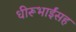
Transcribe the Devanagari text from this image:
धीरूभाईंसह